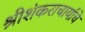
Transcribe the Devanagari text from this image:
श्रीशंकराचार्याचे